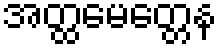
အတ္ထမေတ္တေန